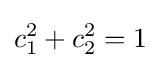
c_{1}^{2}+c_{2}^{2}=1